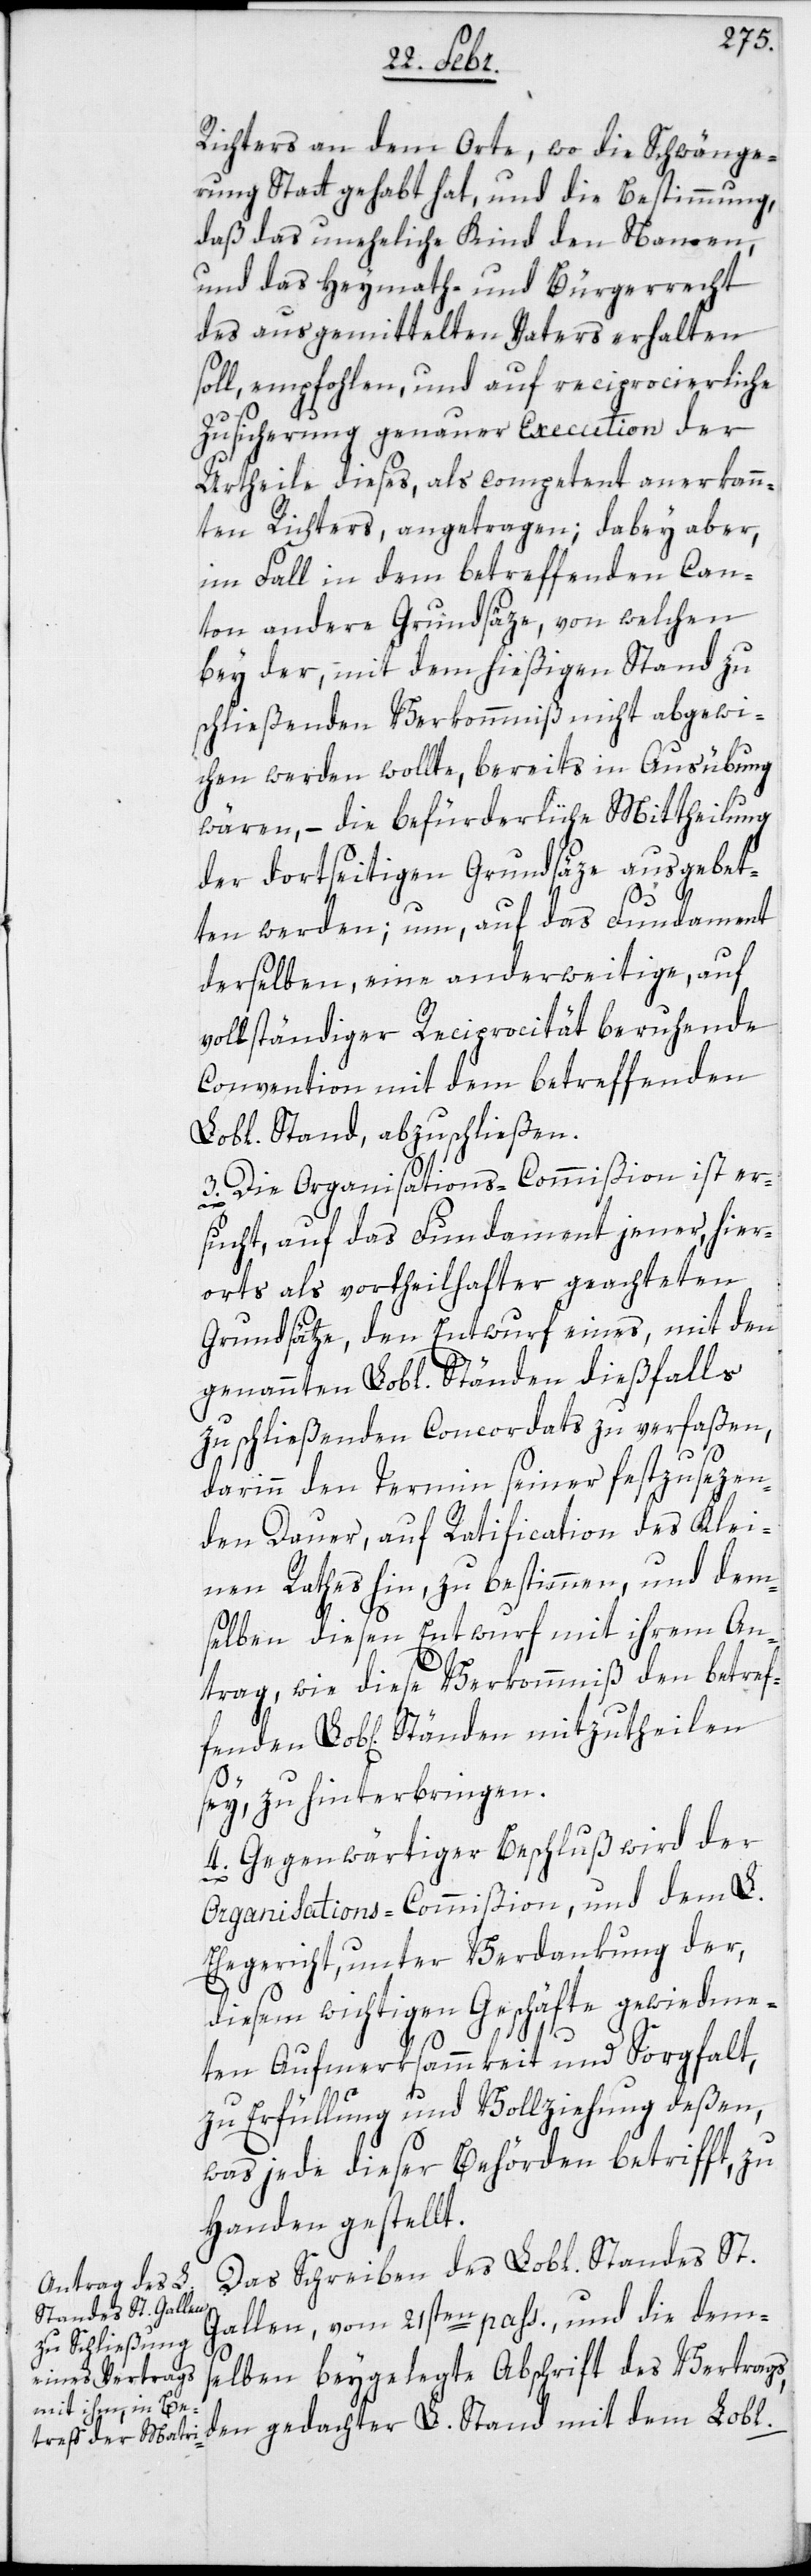
Richters an dem Orte, wo die Schwänge¬
rung Statt gehabt hat, und die Bestimmung,
daß das uneheliche Kind den Namen,
und das Heymath- und Bürgerrecht
des ausgemittelten Vaters erhalten
soll, empfohlen, und auf reciprocierliche
Zusicherung genauer Execution der
Urtheile dieses, als competent anerkan¬
ten Richters, angetragen; dabey aber,
im Fall in dem betreffenden Can¬
ton andere Grundsäze, von welchen
bey der, mit dem hießigen Stand zu
schließenden Verkommniß nicht abgewi¬
chen werden wollte, bereits in Ausübung
wären, – die befürderliche Mittheilung
der dortseitigen Grundsäze ausgebet¬
ten werden; um, auf das Fundament
derselben, eine anderweitige, auf
vollständiger Reciprocität beruhende
Convention mit dem betreffenden
Lobl. Stand, abzuschließen.
3. Die Organisations-Commißion ist er¬
fenden
sucht, auf das Fundament jener, hier¬
orts als vortheilhafter geachteten
Grundsätze, den Entwurf eines, mit den
genannten Lobl. Ständen dießfalls
zu schließenden Concordats zu verfaßen,
darinn den Termin seiner festzusezen¬
den Dauer, auf Ratification das Klei¬
nen Rathes hin, zu bestimmen, und dem¬
selben diesen Entwurf mit ihrem An¬
trag, wie diese Verkommniß den betref¬
sey, zu hinterbringen.
4. Gegenwärtiger Beschluß wird der
Organisations-Commißion, und dem L.
Ehegericht, unter Verdankung der,
diesem wichtigen Geschäfte gewiedme¬
ten Aufmerksammkeit und Sorgfalt,
zu Erfüllung und Vollziehung deßen,
was jede dieser Behörden betrifft, zu
Handen gestellt.
Das Schreiben des Lobl. Standes St.
Gallen vom 21sten pass., und die dems¬
elben beygelegte Abschrift des Vertrags,
den gedachter L. Stand mit dem Lobl.